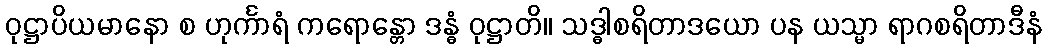
ဝုဋ္ဌာပိယမာနော စ ဟုင်္ကာရံ ကရောန္တော ဒန္ဓံ ဝုဋ္ဌာတိ။ သဒ္ဓါစရိတာဒယော ပန ယသ္မာ ရာဂစရိတာဒီနံ